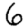
Digit: 6